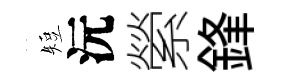
短沅縈鋒